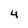
Character: 4